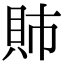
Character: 𫎕